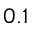
0 . 1